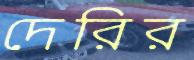
দেরির